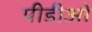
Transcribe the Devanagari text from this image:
पीडीओ